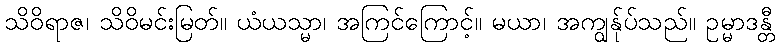
သိဝိရာဇ၊ သိဝိမင်းမြတ်။ ယံယသ္မာ၊ အကြင်ကြောင့်။ မယာ၊ အကျွန်ုပ်သည်။ ဥမ္မာဒန္တီ